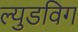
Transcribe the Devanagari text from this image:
ल्युडविग